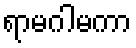
ရာမဂါမကာ